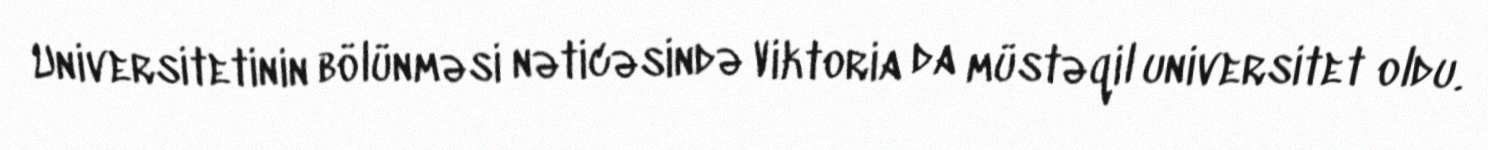
Universitetinin bölünməsi nəticəsində Viktoria da müstəqil universitet oldu.